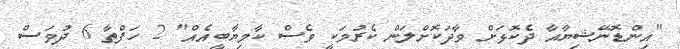
"އިންޑޮނޭޝިޔާއާ ދެކޮޅަށް ވާދަކޮށްލަން ކެރުމަކީ ވެސް ކާމިޔާބީއެއް" 2 ހަފްތާ 6 ދުވަސް